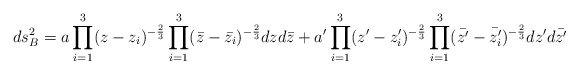
\begin{align*}ds^2_B=a \prod_{i=1}^{3}(z-z_i)^{-\frac {2}{3}}\prod_{i=1}^{3}(\bar{z}-\bar{z_i})^{-\frac {2}{3}}dz d\bar{z}+a' \prod_{i=1}^{3}(z'-z'_i)^{-\frac {2}{3}}\prod_{i=1}^{3}(\bar{z'}-\bar{z'_i})^{-\frac {2}{3}} dz' d\bar{z'}\end{align*}